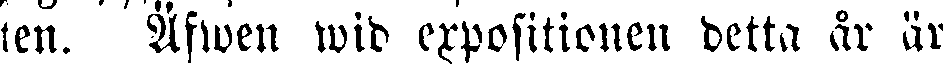
ten. Äfwen wid expositionen detta år är